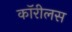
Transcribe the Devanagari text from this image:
कॉरीलस